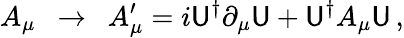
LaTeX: A_{\mu}\ \ \rightarrow\ \ A_{\mu}^{\prime}=i\mathsf{U}^{\dagger}\partial_{\mu}\mathsf{U}+\mathsf{U}^{\dagger}A_{\mu}\mathsf{U}\, ,